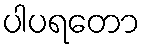
ပါပရတော